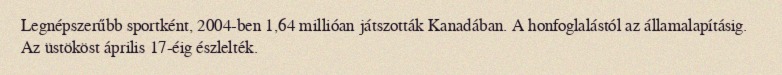
Legnépszerűbb sportként, 2004-ben 1,64 millióan játszották Kanadában. A honfoglalástól az államalapításig. Az üstököst április 17-éig észlelték.